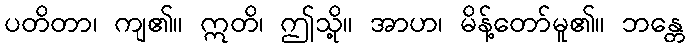
ပတိတာ၊ ကျ၏။ ဣတိ၊ ဤသို့။ အာဟ၊ မိန့်တော်မူ၏။ ဘန္တေ